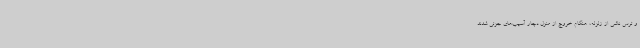
و ترس ناشی از زلزله، هنگام خروج از منزل دچار آسیب‌های جزئی شدند.